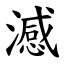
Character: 澸